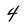
Character: 4